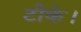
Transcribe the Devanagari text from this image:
टीके।